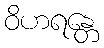
ဝိဟရန္တေ